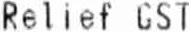
RELIEF GST